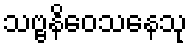
သဗ္ဗနိဝေသနေသု